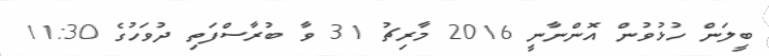
ބީލަން ހުޅުވުން އޮންނާނީ 2016 މާރިޗު 31 ވާ ބުރާސްފަތި ދުވަހުގެ 11:30